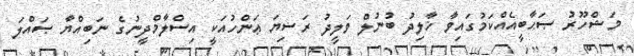
މަޝްހޫރު ޞަޙާބީއެއްކަމުގައިވާ ޚާލިދު ބުނުލް ވަލީދު ރަޟިޔަ ޢަންހުއަކީ އިސްލާމްދީނުގެ ނަބިއްޔާ ޞައްލަ